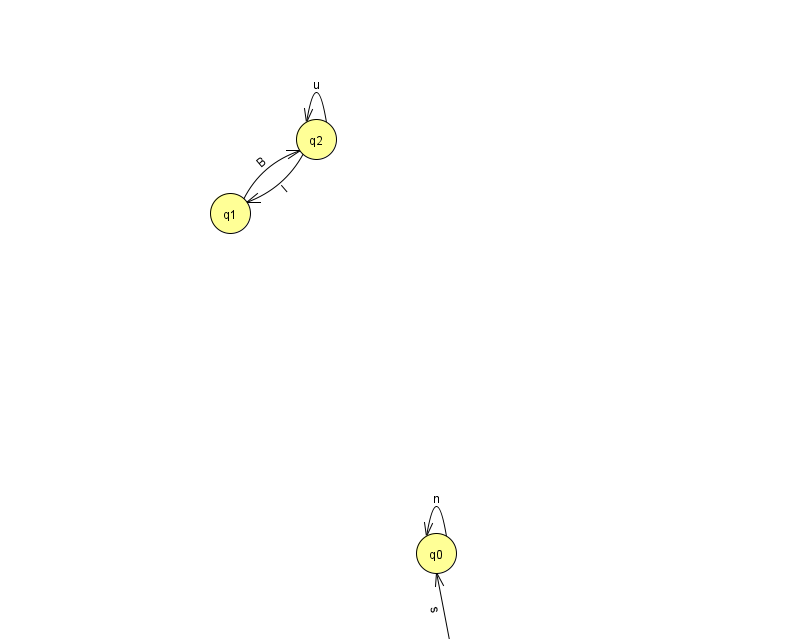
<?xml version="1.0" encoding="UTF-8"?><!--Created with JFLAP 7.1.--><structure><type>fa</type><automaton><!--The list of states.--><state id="0" name="q0"><x>436.0</x><y>540.0</y></state><state id="1" name="q1"><x>230.0</x><y>200.0</y></state><state id="2" name="q2"><x>316.0</x><y>126.0</y></state><state id="3" name="q3"><x>966.0</x><y>90.0</y><final/></state><state id="4" name="q4"><x>455.0</x><y>651.0</y><initial/></state><state id="5" name="q5"><x>872.0</x><y>50.0</y></state><!--The list of transitions.--><transition><from>4</from><to>0</to><read>s</read></transition><transition><from>2</from><to>1</to><read>I</read></transition><transition><from>2</from><to>2</to><read>u</read></transition><transition><from>5</from><to>3</to><read>Z</read></transition><transition><from>0</from><to>0</to><read>n</read></transition><transition><from>1</from><to>2</to><read>B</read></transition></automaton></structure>